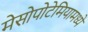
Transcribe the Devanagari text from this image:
मेसोपोटेमियामध्ये